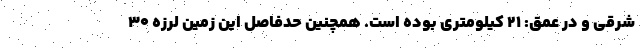
شرقی و در عمق: ۲۱ کیلومتری بوده است. همچنین حدفاصل این زمین لرزه ۳۰